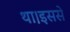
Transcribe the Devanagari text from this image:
था।इससे